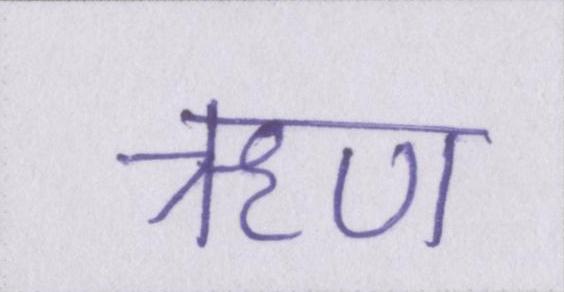
ॠण